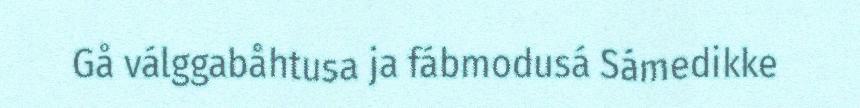
Gå válggabåhtusa ja fábmodusá Sámedikke